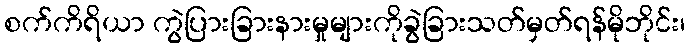
စက်ကိရိယာ ကွဲပြားခြားနားမှုများကိုခွဲခြားသတ်မှတ်ရန်မိုဘိုင်း၊